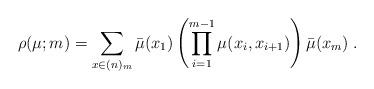
LaTeX: \begin{align*} \rho (\mu;m)=\sum_{x\in (n)_m}\bar{\mu}(x_1)\left(\prod_{i=1}^{m-1}\mu (x_i,x_{i+1})\right)\bar{\mu}(x_m)\;. \end{align*}